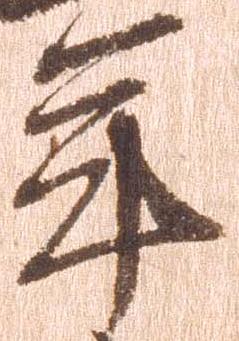
年